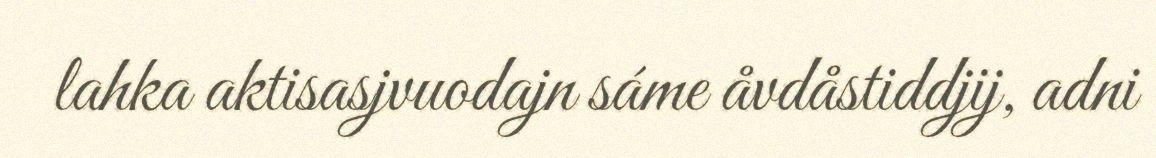
lahka aktisasjvuodajn sáme åvdåstiddjij, adni